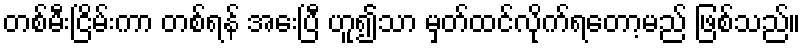
တစ်မီးငြိမ်းကာ တစ်ရန် အေးပြီ ဟူ၍သာ မှတ်ထင်လိုက်ရတော့မည် ဖြစ်သည်။